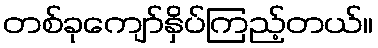
တစ်ခုကျော်နှိပ်ကြည့်တယ်။